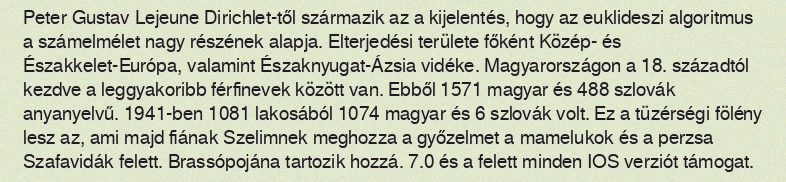
Peter Gustav Lejeune Dirichlet-től származik az a kijelentés, hogy az euklideszi algoritmus a számelmélet nagy részének alapja. Elterjedési területe főként Közép- és Északkelet-Európa, valamint Északnyugat-Ázsia vidéke. Magyarországon a 18. századtól kezdve a leggyakoribb férfinevek között van. Ebből 1571 magyar és 488 szlovák anyanyelvű. 1941-ben 1081 lakosából 1074 magyar és 6 szlovák volt. Ez a tüzérségi fölény lesz az, ami majd fiának Szelimnek meghozza a győzelmet a mamelukok és a perzsa Szafavidák felett. Brassópojána tartozik hozzá. 7.0 és a felett minden IOS verziót támogat.